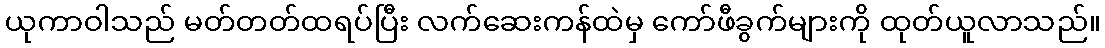
ယုကာဝါသည် မတ်တတ်ထရပ်ပြီး လက်ဆေးကန်ထဲမှ ကော်ဖီခွက်များကို ထုတ်ယူလာသည်။